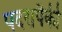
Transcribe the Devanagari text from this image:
पदरापैकी